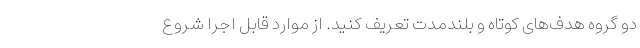
دو گروه هدف‌های کوتاه و بلندمدت تعریف کنید. از موارد قابل اجرا شروع